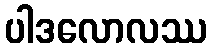
ပါဒလောလဿ